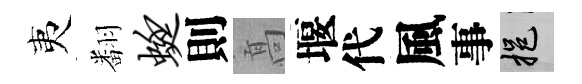
夷翻蜓則髙堰代風事挹